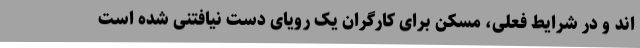
اند و در شرایط فعلی، مسکن برای کارگران یک رویای دست نیافتنی شده است